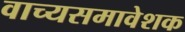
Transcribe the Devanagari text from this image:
वाच्यसमावेशक